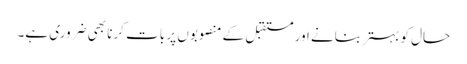
حال کو بہتر بنانے اور مستقبل کے منصوبوں پر بات کرنا بھی ضروری ہے۔